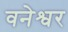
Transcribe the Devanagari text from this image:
वनेश्वर